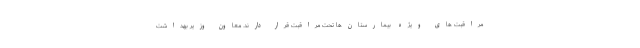
مراقبت های ویژه بیمارستان‌ها تحت مراقبت قرار دارند. معاون وزیر بهداشت